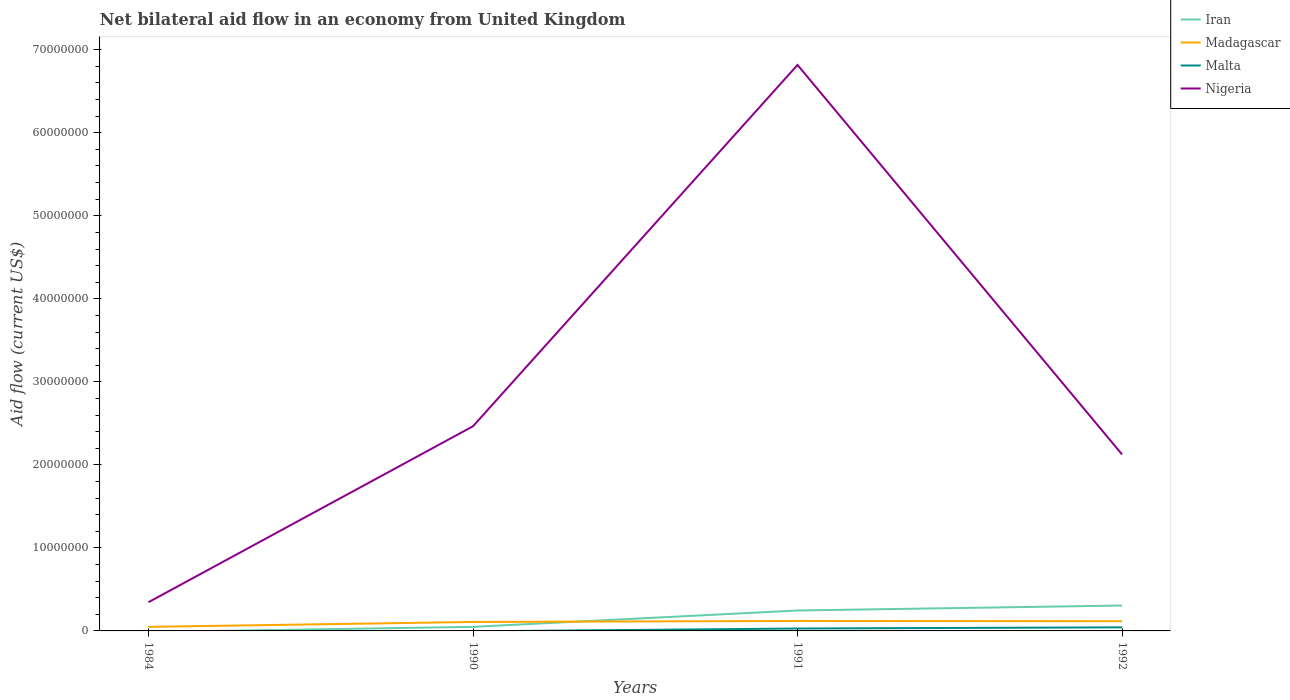
| Years | Iran | Madagascar | Malta | Nigeria |
 | --- | --- | --- | --- | --- |
 | 1984 | -1.3e+05 | 4.9e+05 | -1.8e+05 | 3.46e+06 |
 | 1990 | 4.9e+05 | 1.08e+06 | -5e+04 | 2.46e+07 |
 | 1991 | 2.46e+06 | 1.2e+06 | 2.9e+05 | 6.82e+07 |
 | 1992 | 3.06e+06 | 1.17e+06 | 4.3e+05 | 2.13e+07 |